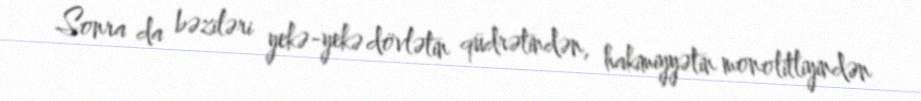
Sonra da bəziləri yekə-yekə dövlətin qüdrətindən, hakimiyyətin monolitliyindən